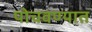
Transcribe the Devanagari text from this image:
पोचवण्यात